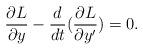
LaTeX: \begin{align*}\frac{\partial{L}}{\partial{y}}-\frac{d}{d{t}}(\frac{\partial{L}}{\partial{y{'}}})=0.\end{align*}